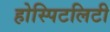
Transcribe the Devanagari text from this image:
होस्पिटलिटी